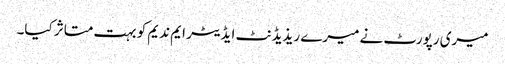
میری رپورٹ نے میرے ریذیڈنٹ ایڈیٹر ایم ندیم کو بہت متاثر کیا۔